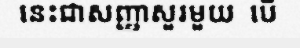
នេះជាសញ្ញាសួរមួយ  បើ